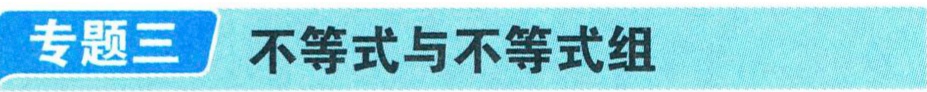
专题三 不等式与不等式组